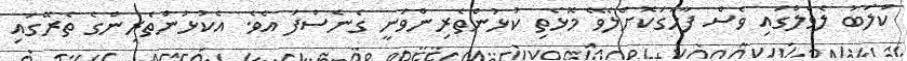
ކްލަބު ލެވެލްގައި ވެސް ފާހަގަކޮށްލެވޭ މޮޅެތި ކުޅުންތެރިންވަނީ ގެނެސްފަ އެވެ. އެކުޅުންތެރިންގެ ތެރޭގައި